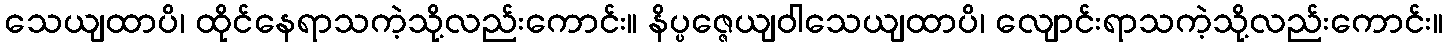
သေယျထာပိ၊ ထိုင်နေရာသကဲ့သို့လည်းကောင်း။ နိပ္ပဇ္ဇေယျဝါသေယျထာပိ၊ လျောင်းရာသကဲ့သို့လည်းကောင်း။